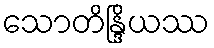
သောတိန္ဒြိယဿ